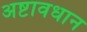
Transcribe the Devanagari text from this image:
अष्टावधान